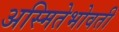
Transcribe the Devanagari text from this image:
अस्मितेभोवती